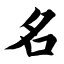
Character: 名